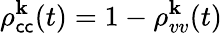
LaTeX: \rho_{\mathsf{c}\mathsf{c}}^{\textbf{{k}}}(t)=1-\rho_{vv}^{\textbf{{k}}}(t)